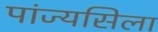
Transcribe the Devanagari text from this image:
पांज्यसिला